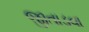
જીતાડવા